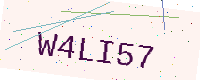
Text: W4LI57